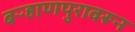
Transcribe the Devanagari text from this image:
बऱ्हाणपुरावरून